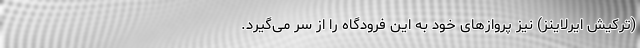
(ترکیش ایرلاینز) نیز پرواز‌های خود به این فرودگاه را از سر می‌گیرد.